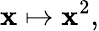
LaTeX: \mathbf{x}\mapsto\mathbf{x}^{2},